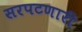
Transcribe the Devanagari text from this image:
सरपटणारी